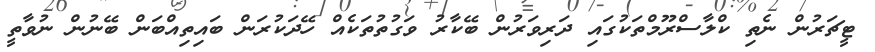
ޓީޗަރުން ނެތި ކްލާސްރޫމްތަކުގައި ދަރިވަރުން ބޭކާރު ވަގުތުތަކެއް ހޭދަކުރަން ބައިތިއްބަން ބޭނުން ނުވާތީ